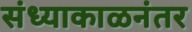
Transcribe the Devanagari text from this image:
संध्याकाळनंतर